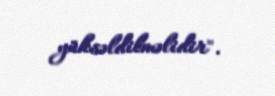
yüksəldilməlidir".